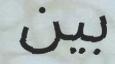
بين